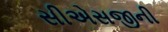
સીએસજીની